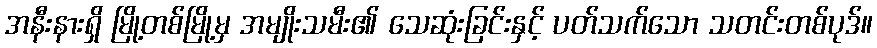
အနီးနားရှိ မြို့တစ်မြို့မှ အမျိုးသမီး၏ သေဆုံးခြင်းနှင့် ပတ်သက်သော သတင်းတစ်ပုဒ်။